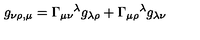
g _ { \nu \rho , \mu } = \Gamma _ { \mu \nu } { } ^ { \lambda } g _ { \lambda \rho } + \Gamma _ { \mu \rho } { } ^ { \lambda } g _ { \lambda \nu }